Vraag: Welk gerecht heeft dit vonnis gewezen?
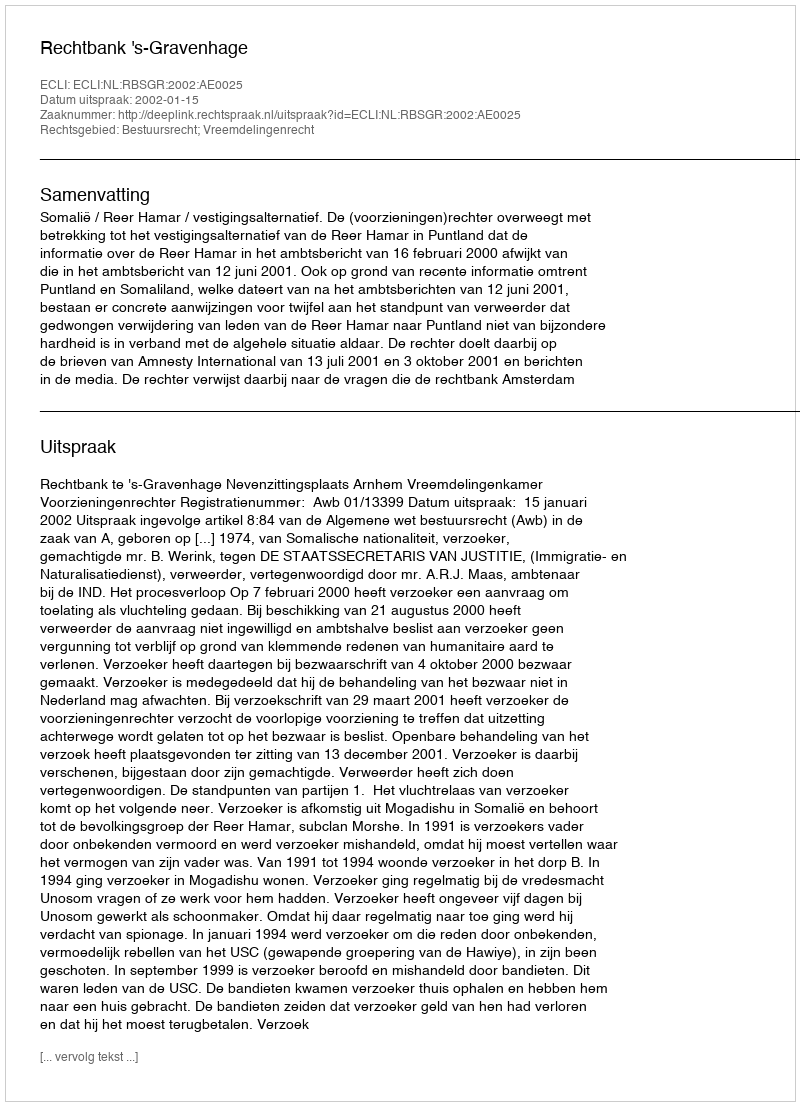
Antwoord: Rechtbank 's-Gravenhage